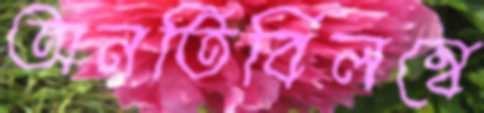
অনতিবিলম্বে